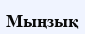
Мыңзық